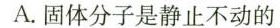
A.固体分子是静止不动的